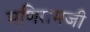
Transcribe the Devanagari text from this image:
मणिरामजी